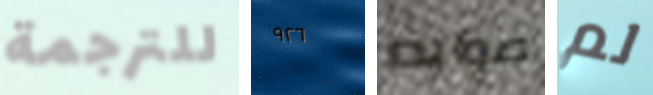
للترجمة ٩٢٦ صوابه لم